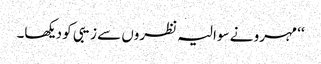
‘‘ مہرو نے سوالیہ نظروں سے زیبی کو دیکھا۔